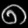
Digit: ၈